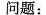
问题：